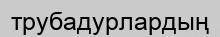
трубадурлардың